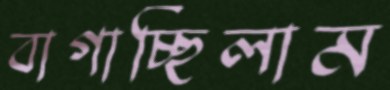
বাগাচ্ছিলাম